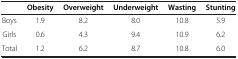
|  | Obesity | Overweight | Underweight | Wasting | Stunting |
 | --- | --- | --- | --- | --- | --- |
 | Boys | 1.9 | 8.2 | 8.0 | 10.8 | 5.9 |
 | Girls | 0.6 | 4.3 | 9.4 | 10.9 | 6.2 |
 | Total | 1.2 | 6.2 | 8.7 | 10.8 | 6.0 |